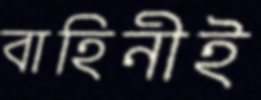
বাহিনীই